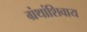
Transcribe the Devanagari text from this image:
ग्रंथांशिवाय